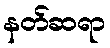
နတ်ဆရာ